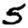
Digit: 5